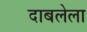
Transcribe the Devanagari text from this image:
दाबलेला